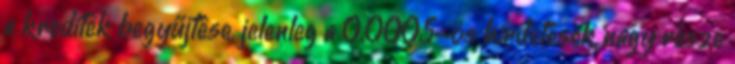
a kreditek begyűjtése, jelenleg a 0.0005-ös hirdetések nagy része